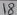
Text: 18